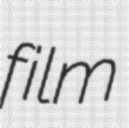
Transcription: film